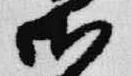
御